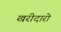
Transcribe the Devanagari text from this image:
खरीदारो